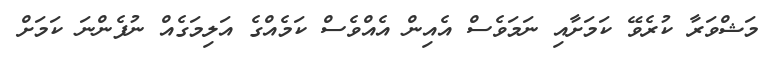
މަޝްވަރާ ކުރެވޭ ކަމަށާއި ނަމަވެސް އެއިން އެއްވެސް ކަމެއްގެ އަލިމަގެއް ނުފެންނަ ކަމަށް